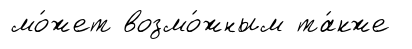
мо́жет возмо́жным та́кже